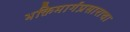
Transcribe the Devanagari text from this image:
भक्तिमार्गप्रसाराचा